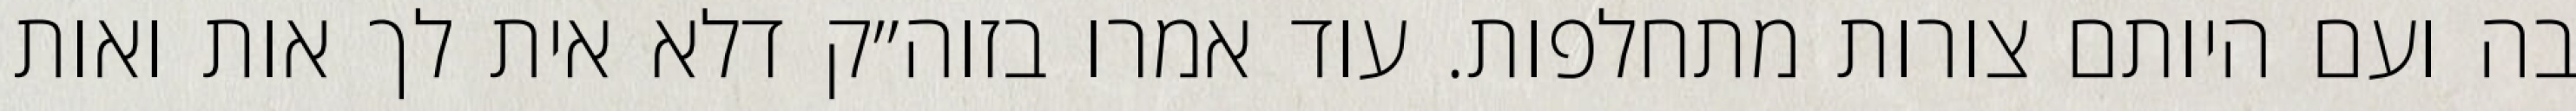
בה ועם היותם צורות מתחלפות. עוד אמרו בזוה״ק דלא אית לך אות ואות